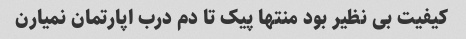
کیفیت بی نظیر بود منتها پیک تا دم درب اپارتمان نمیارن